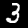
Digit: 3